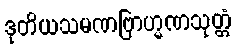
ဒုတိယသမဏဗြာဟ္မဏသုတ္တံ